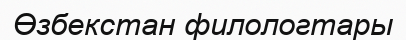
Өзбекстан филологтары